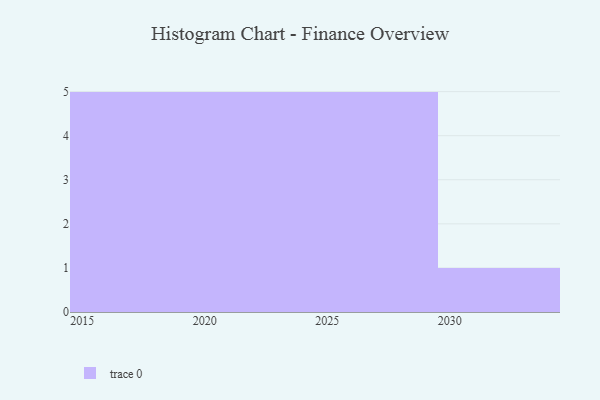
{"axis": {"x": "Year", "y": "Waste Production (Tons)"}, "legend": [""], "data": [{"x": "2018", "y": 83, "type": ""}, {"x": "2024", "y": 67, "type": ""}, {"x": "2029", "y": 17, "type": ""}, {"x": "2020", "y": 97, "type": ""}, {"x": "2028", "y": 14, "type": ""}, {"x": "2023", "y": 71, "type": ""}, {"x": "2017", "y": 5, "type": ""}, {"x": "2027", "y": 71, "type": ""}, {"x": "2030", "y": 82, "type": ""}, {"x": "2025", "y": 23, "type": ""}, {"x": "2015", "y": 1, "type": ""}, {"x": "2021", "y": 21, "type": ""}, {"x": "2022", "y": 92, "type": ""}, {"x": "2019", "y": 37, "type": ""}, {"x": "2026", "y": 4, "type": ""}, {"x": "2016", "y": 7, "type": ""}]}